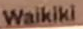
Waikiki